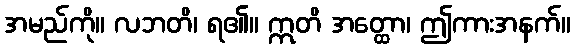
အမည်ကို။ လဘတိ၊ ရ၏။ ဣတိ အတ္ထော၊ ဤကားအနက်။